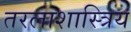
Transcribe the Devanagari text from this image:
तरलाशास्त्रिय